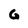
Character: G